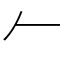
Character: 𠂉